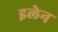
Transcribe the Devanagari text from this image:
इलेन